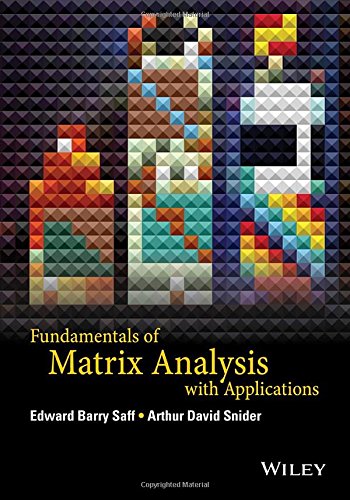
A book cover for Fundamentals of Matrix Analysis with Applications; Edward Barry Saff; Science & Math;